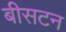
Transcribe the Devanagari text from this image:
बीसटन